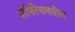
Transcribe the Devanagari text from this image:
ऑफीसमधील